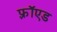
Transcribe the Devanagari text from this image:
फ़्रॉएड